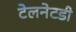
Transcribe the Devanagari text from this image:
टेलनेटडी